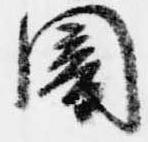
闇